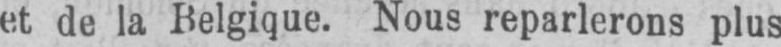
et de la Belgique. Nous reparlerons plus